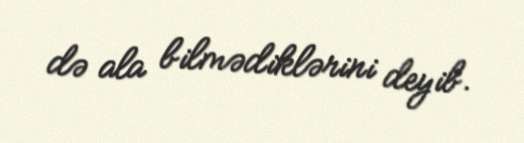
də ala bilmədiklərini deyib.